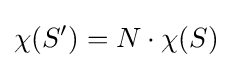
\chi (S')=N\cdot \chi (S)